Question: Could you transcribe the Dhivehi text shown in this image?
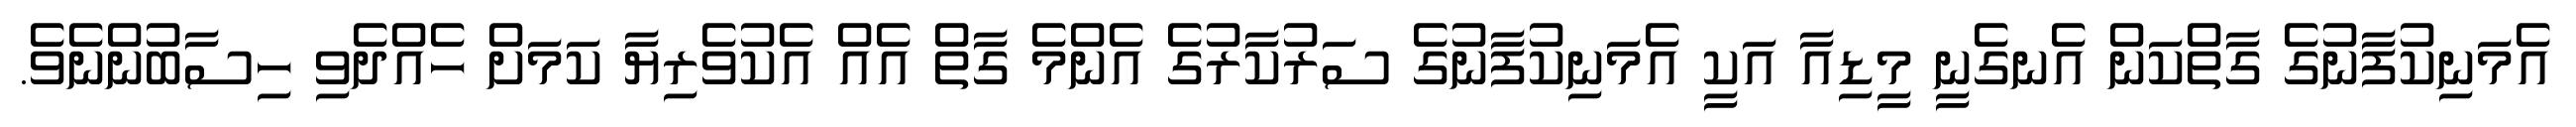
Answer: އެމަނިކުފާނުގެ ގާތްކަން އެނގެނީ މީޑިއާ އަކީ އެމަނިކުފާނުގެ ސަރުކާރުގެ އެންމެ ގާތް އެއް އެކުވެރިޔާ ކަމަށް ހެއްދެވި ހިސާބުންނެވެ.